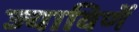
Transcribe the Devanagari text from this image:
ज्याविणें